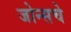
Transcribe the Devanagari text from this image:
जोन्सचे